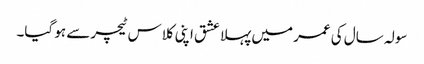
سولہ سال کی عمر میں پہلا عشق اپنی کلاس ٹیچر سے ہو گیا۔